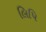
લિપિ